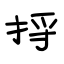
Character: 捋